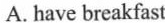
A. have breakfast